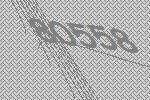
80558